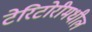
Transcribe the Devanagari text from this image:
टेरिटोरीमधील